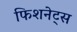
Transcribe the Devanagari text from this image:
फिशनेट्स